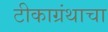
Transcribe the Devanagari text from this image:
टीकाग्रंथाचा